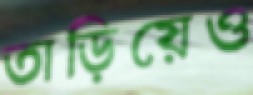
তাড়িয়েও